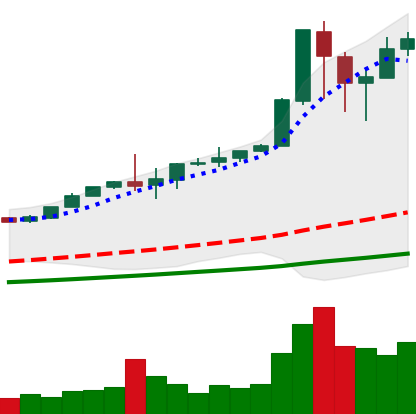
Ticker: BTC-USD
Chart end date: 2017-12-12
Forward return: 9.907%
Label: up_7plus